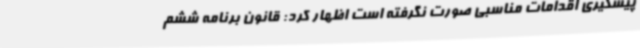
پیشگیری اقدامات مناسبی صورت نگرفته است اظهار کرد: قانون برنامه ششم